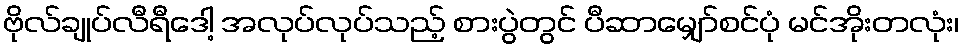
ဗိုလ်ချုပ်လီရီဒေါ့ အလုပ်လုပ်သည့် စားပွဲတွင် ပီဆာမျှော်စင်ပုံ မင်အိုးတလုံး၊